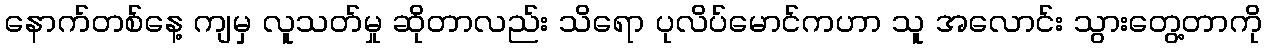
နောက်တစ်နေ့ ကျမှ လူသတ်မှု ဆိုတာလည်း သိရော ပုလိပ်မောင်ကဟာ သူ အလောင်း သွားတွေ့တာကို